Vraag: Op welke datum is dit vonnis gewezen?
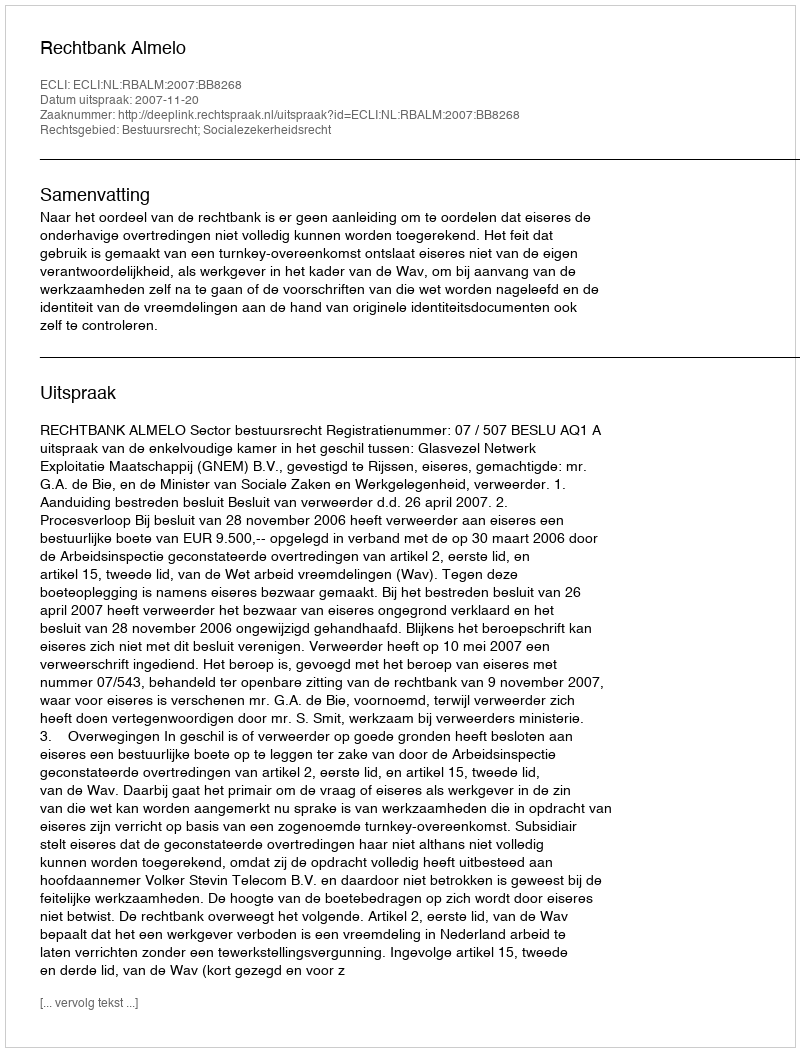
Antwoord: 2007-11-20